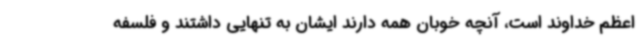
اعظم خداوند است، آنچه خوبان همه دارند ایشان به تنهایی داشتند و فلسفه